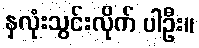
နှလုံးသွင်းလိုက် ပါဦး။